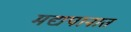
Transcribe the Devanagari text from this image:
मद्यपानात